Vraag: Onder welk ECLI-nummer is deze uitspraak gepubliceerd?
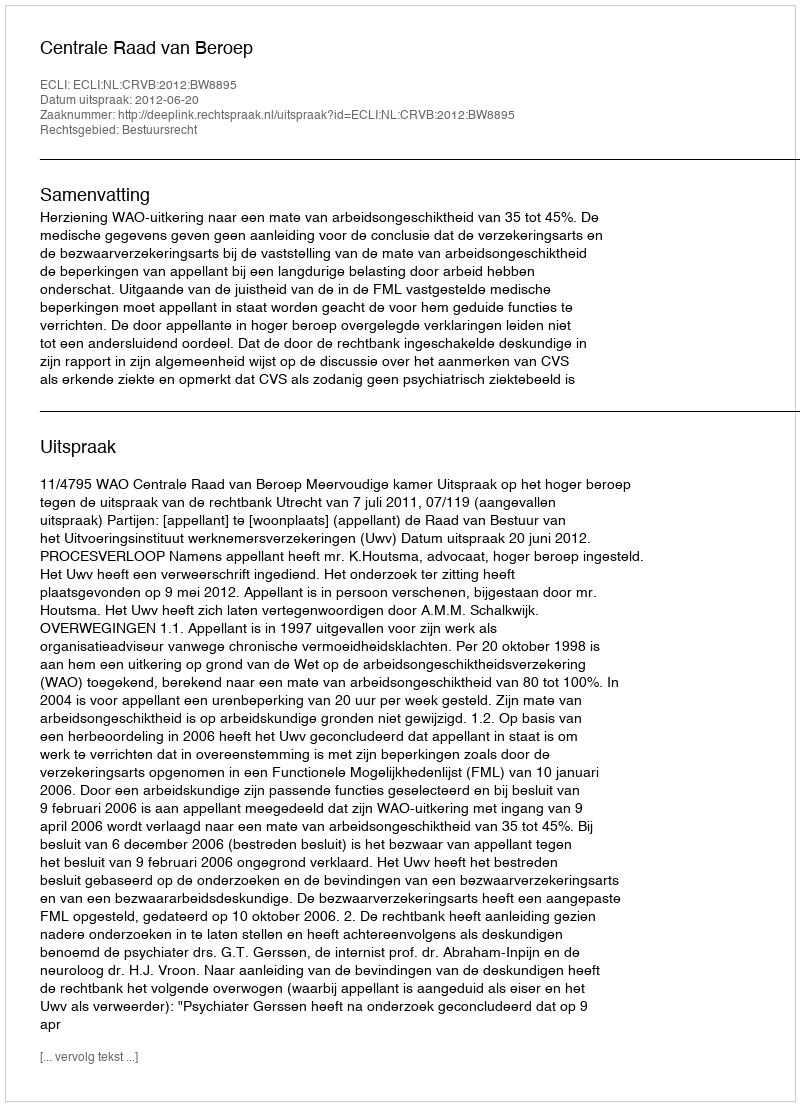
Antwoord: ECLI:NL:CRVB:2012:BW8895